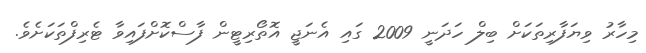
މިހާރު ވިޔަފާރިތަކަށް ބިލް ހަދަނީ 2009 ގައި އެނަޖީ އޮތޯރިޓީން ފާސްކޮށްފައިވާ ޓެރިފްތަކަށެވެ.